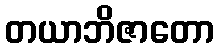
တယာဘိဇာတော